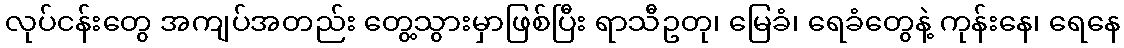
လုပ်ငန်းတွေ အကျပ်အတည်း တွေ့သွားမှာဖြစ်ပြီး ရာသီဥတု၊ မြေခံ၊ ရေခံတွေနဲ့ ကုန်းနေ၊ ရေနေ